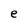
Character: e